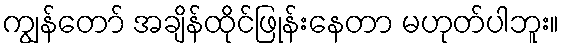
ကျွန်တော် အချိန်ထိုင်ဖြုန်းနေတာ မဟုတ်ပါဘူး။